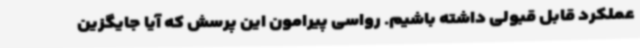
عملکرد قابل قبولی داشته باشیم. رواسی پیرامون این پرسش که آیا جایگزین